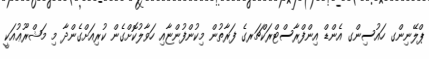
ޕްލޭނިންގ ހައުސިންގ އެންޑް އިންފްރާސްޓްރަކްޗަރގެ ފަރާތުން މިކުންފުންޏާއި ހަވާލުކޮށްގެން ކުރިއަށްގެންދާ މި މަޝްރޫޢުއަކީ